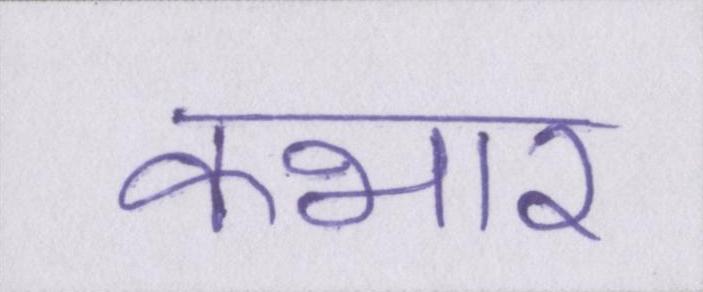
कभार